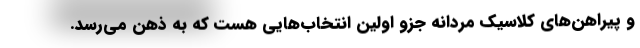
و پیراهن‌های کلاسیک مردانه جزو اولین انتخاب‌هایی هست که به ذهن می‌رسد.